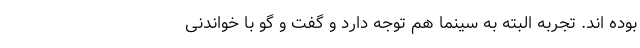
بوده اند. تجربه البته به سینما هم توجه دارد و گفت و گو با خواندنی